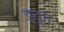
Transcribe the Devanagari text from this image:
इतुत